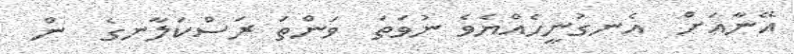
އޭނާއަށް  އެނގުނީހެއްޔެވެ ނުވަތަ  ވަންތަ ރަސްކަލާނގެ  ން